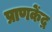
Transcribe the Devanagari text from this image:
प्राणकेंद्र